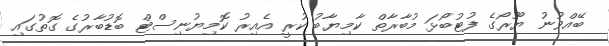
ބޭއްވުނު ޔޫރޯގެ ފުޓުބޯޅަ މުބާރާތް ކާމިޔާބު ކުރީ އެއިރު ކޮމިޔުނިސްޓް ބޮޑުބާރުގެ ގޮތުގައި